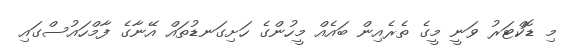
މި ޑޮކްޓަރު ވަނީ މީގެ ތެރެއިން ބައެއް މީހުންގެ ހަށިގަނޑުތައް އޭނާގެ ފާމްހައުސްގައި